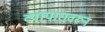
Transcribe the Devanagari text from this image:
व्यापारावरून